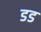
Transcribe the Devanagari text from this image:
डड